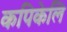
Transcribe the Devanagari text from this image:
कपिकेलि